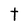
Character: t